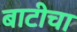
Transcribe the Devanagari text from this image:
बाटीचा